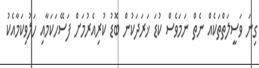
ގިނަ ވަސީލަތްތަކެއް ނެތް ނަމަވެސް ކުޑަ ޚަރަދަކުން ބޮޑު ކުރިއެރުމަށް ފަސޭހަކަމާއި ހަލުވިކަމާއެކު